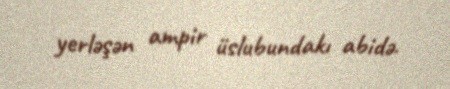
yerləşən ampir üslubundakı abidə.